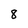
Character: 8